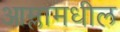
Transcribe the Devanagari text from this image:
आम्लामधील